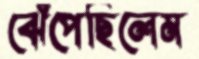
ঝেঁপেছিলেম